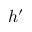
h ^ { \prime }